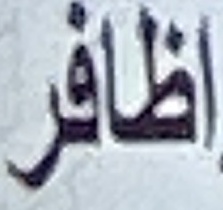
واظافر